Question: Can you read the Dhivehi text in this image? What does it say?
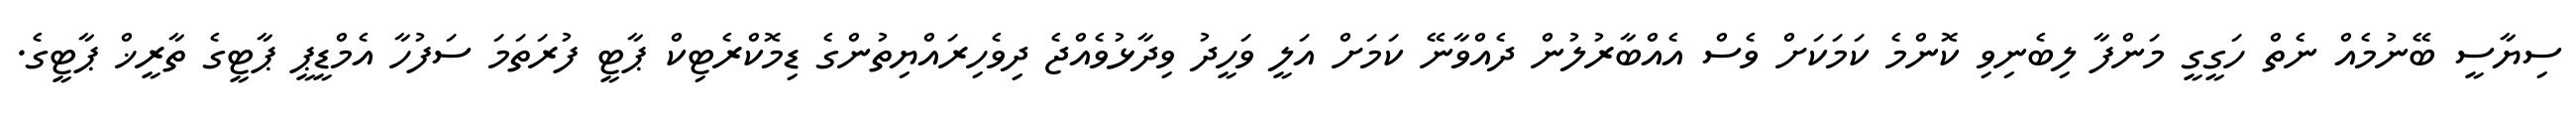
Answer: ސިޔާސީ ބޭނުމެއް ނެތް ހަގީގީ މަންފާ ލިބެނިވި ކޮންމެ ކަމަކަށް ވެސް އެއްބާރުލުން ދެއްވާނޭ ކަމަށް އަލީ ވަހީދު ވިދާޅުވެއްޖެ ދިވެހިރައްޔިތުންގެ ޑިމޮކްރެޓިކް ޕާޓީ ފުރަތަމަ ސަފުހާ އެމްޑީޕީ ޕާޓީގެ ތާރީޚް ޕާޓީގެ.